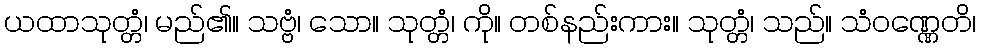
ယထာသုတ္တံ၊ မည်၏။ သဗ္ဗံ၊ သော။ သုတ္တံ၊ ကို။ တစ်နည်းကား။ သုတ္တံ၊ သည်။ သံဝဏ္ဏေတိ၊